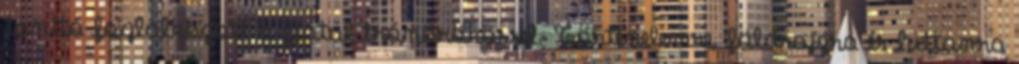
tanító foglalkozott a fiatal trónörökössel. Történelemre, földrajzra és hittanra